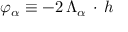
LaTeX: \varphi _ { \alpha } \equiv - 2 \, \Lambda _ { \alpha } \, \cdot \, h